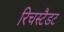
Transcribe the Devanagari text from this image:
रिचस्टैडट